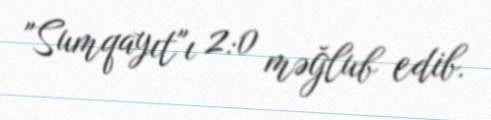
"Sumqayıt"ı 2:0 məğlub edib.